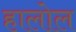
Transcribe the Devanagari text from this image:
हालोल